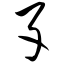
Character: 孓